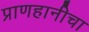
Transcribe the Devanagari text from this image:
प्राणहानीचा